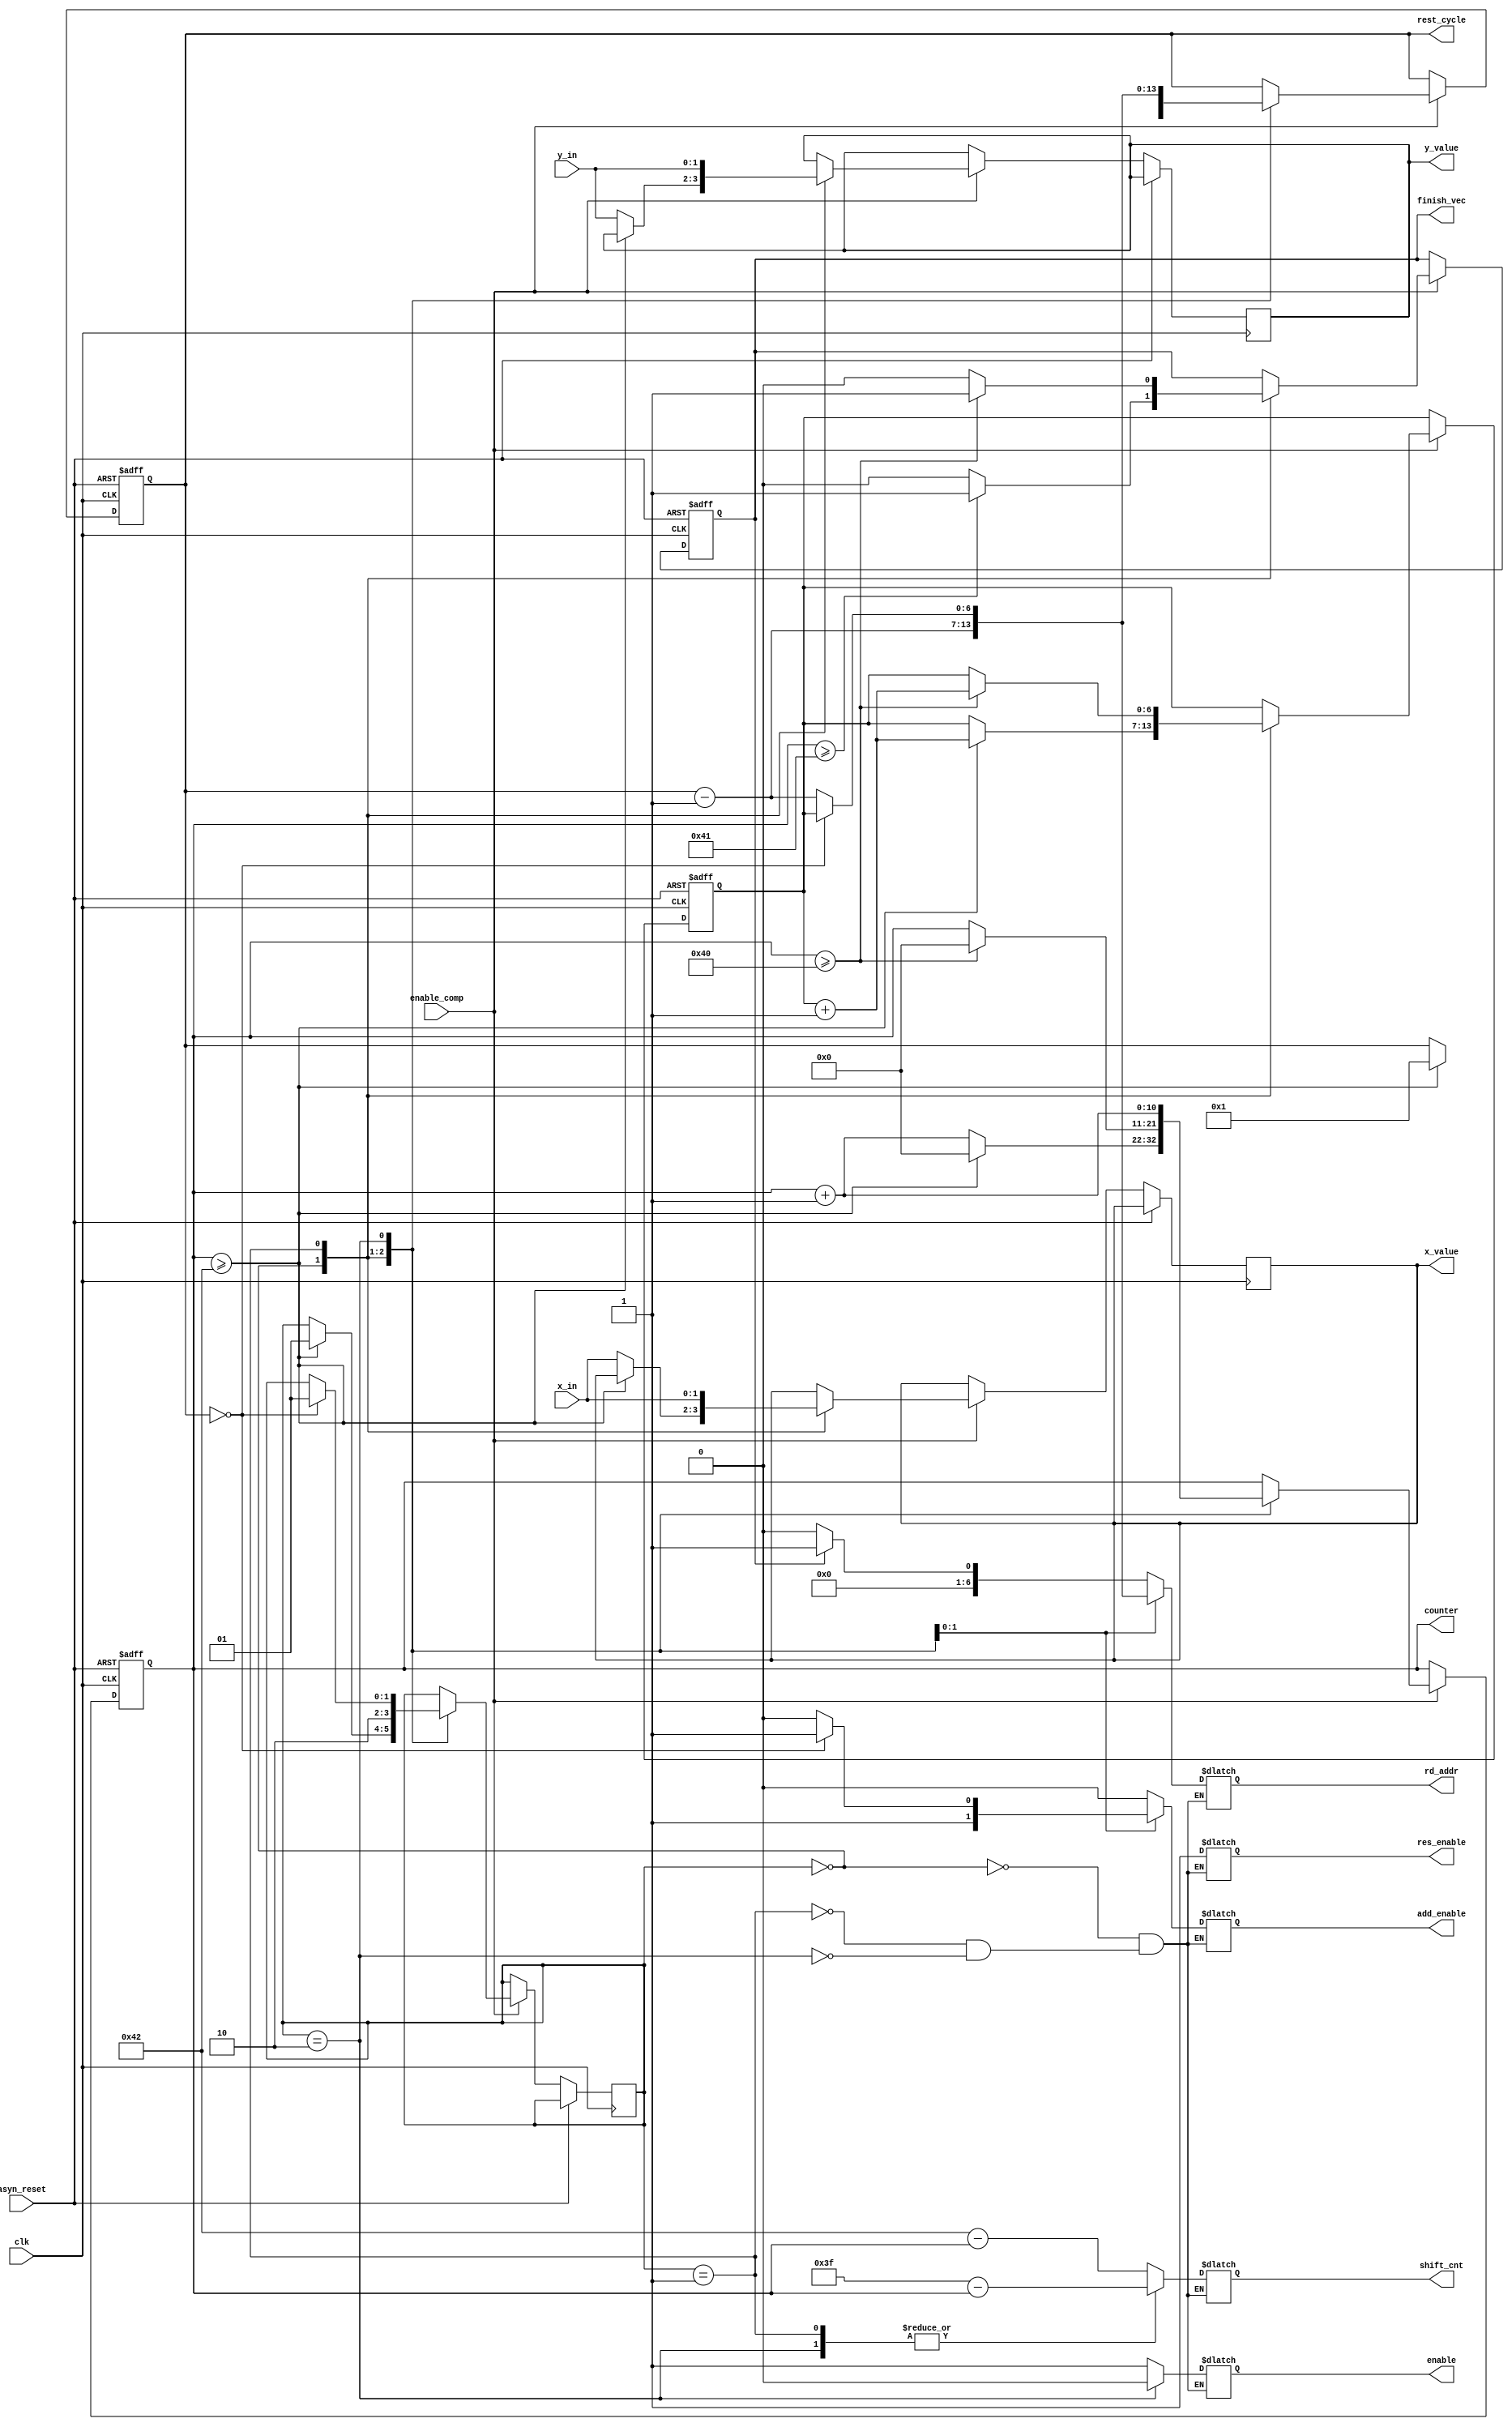
module computation_control_v2(
clk,
x_in,
y_in,
enable_comp,
counter,
shift_cnt,
rest_cycle,
rd_addr,
asyn_reset,
enable,
add_enable,
res_enable,
finish_vec,
x_value,
y_value
);

parameter unrolling = 64;
parameter online_delay = 2;
parameter IDLE = 2'b00;
parameter COMP = 2'b01;
parameter REST = 2'b10;
parameter ADDR_WIDTH=7;

input enable_comp;
input [1:0] x_in, y_in;
input asyn_reset;
input clk;

output [1:0] x_value, y_value;
output enable;
output add_enable;
output [10:0] counter;
output [10:0] shift_cnt;
output res_enable;

output [(ADDR_WIDTH-1):0] rest_cycle;
output [(ADDR_WIDTH-1):0] rd_addr;
output finish_vec;

reg finish_vec;
reg enable;
reg add_enable;
reg res_enable;
reg [1:0] x_value, y_value;
reg [10:0] counter;
reg [(ADDR_WIDTH-1):0] accum;
reg [(ADDR_WIDTH-1):0] rest_cycle;
reg [1:0] STATE;
reg [10:0] shift_cnt;
reg [(ADDR_WIDTH-1):0] rd_addr;

initial begin
	counter <= 0;
	accum <= 0;	
	STATE <= IDLE;
	x_value <= 0;
	y_value <= 0;
	rest_cycle = 0;
	rd_addr = 0;
	res_enable = 0;
end

always @ (posedge clk or posedge asyn_reset) begin
	if (asyn_reset) begin
		counter <= 0;
		accum <= 0;
		rest_cycle = 0;
		finish_vec = 0;
	end
	else begin
		if (enable_comp) begin
			case (STATE) 
				IDLE: begin
					if (counter >= unrolling + online_delay) begin
						STATE <= COMP;
						accum <= accum + 1;
						counter <= 0;
						rest_cycle = 1;
					end
					else begin
						counter <= counter + 1;
						x_value <= x_in;
						y_value <= y_in;
						finish_vec = 0;
					end
					if (counter >= unrolling + online_delay - 1) begin
						finish_vec = 1;
					end
					else begin
						finish_vec = 0;
					end
				end
				COMP: begin
					STATE <= REST; 
					x_value <= x_in;
					y_value <= y_in;
					if (counter >= unrolling) begin
						accum <= accum + 1;
						counter <= 0;
						finish_vec = 1;	
					end
					else begin
						finish_vec = 0;
					end
					rest_cycle = rest_cycle - 1;
				end
				REST: begin
					counter <= counter + 1;
					if (rest_cycle == 0) begin
						STATE <= COMP; 
						rest_cycle = accum;
					end
					else begin
						rest_cycle = rest_cycle - 1;
					end
				end
			endcase
		end
	end
end

always @ (*)begin
	case (STATE) 
		IDLE: begin
			add_enable <= 0;
			enable <= 1;
			shift_cnt <= 66 - counter;
			if (finish_vec) begin
				rd_addr <= 1;
			end
			else begin
				rd_addr <= 0;
			end
			res_enable = 1;
		end
		COMP: begin
			add_enable <= 1;
			enable <= 1;
			shift_cnt <= 63 - counter;
			rd_addr <= rest_cycle - 1;
			res_enable = 1;
		end
		REST: begin
			enable <= 0;
			shift_cnt <= 63 - counter;
			if (rest_cycle == 0) begin
				add_enable <= 1;
				if (finish_vec) begin
					rd_addr <= accum;
				end
				else begin
					rd_addr <= accum;
				end
			end
			else begin
				add_enable <= 0;
				rd_addr <= rest_cycle - 1;
			end
			res_enable = 1;
		end
	endcase
end

endmodule